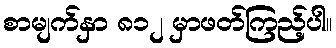
စာမျက်နှာ ၈၁၂ မှာဖတ်ကြည့်ပါ။